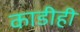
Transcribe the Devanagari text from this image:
काडीही